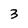
Character: 3